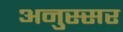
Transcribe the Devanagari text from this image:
अनुस्सर